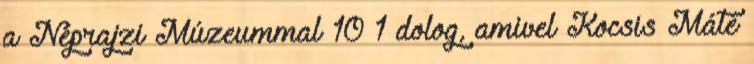
a Néprajzi Múzeummal 10 1 dolog, amivel Kocsis Máté